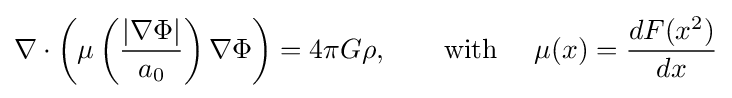
\nabla \cdot \left(\mu \left({\frac {|\nabla \Phi |}{a_{0}}}\right)\nabla \Phi \right)=4\pi G\rho ,\qquad {\text{with }}\quad \mu (x)={\frac {dF(x^{2})}{dx}}